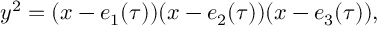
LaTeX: y ^ { 2 } = ( x - e _ { 1 } ( \tau ) ) ( x - e _ { 2 } ( \tau ) ) ( x - e _ { 3 } ( \tau ) ) ,